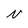
Character: N